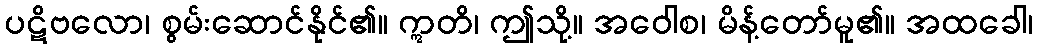
ပဋိဗလော၊ စွမ်းဆောင်နိုင်၏။ ဣတိ၊ ဤသို့။ အဝေါစ၊ မိန့်တော်မူ၏။ အထခေါ၊